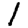
Digit: 1